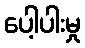
ပေါ့ပါးမှု